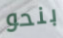
بنحو